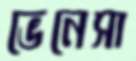
ভেনেসা